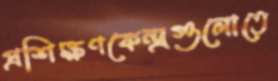
প্রশিক্ষণকেন্দ্রগুলোতে